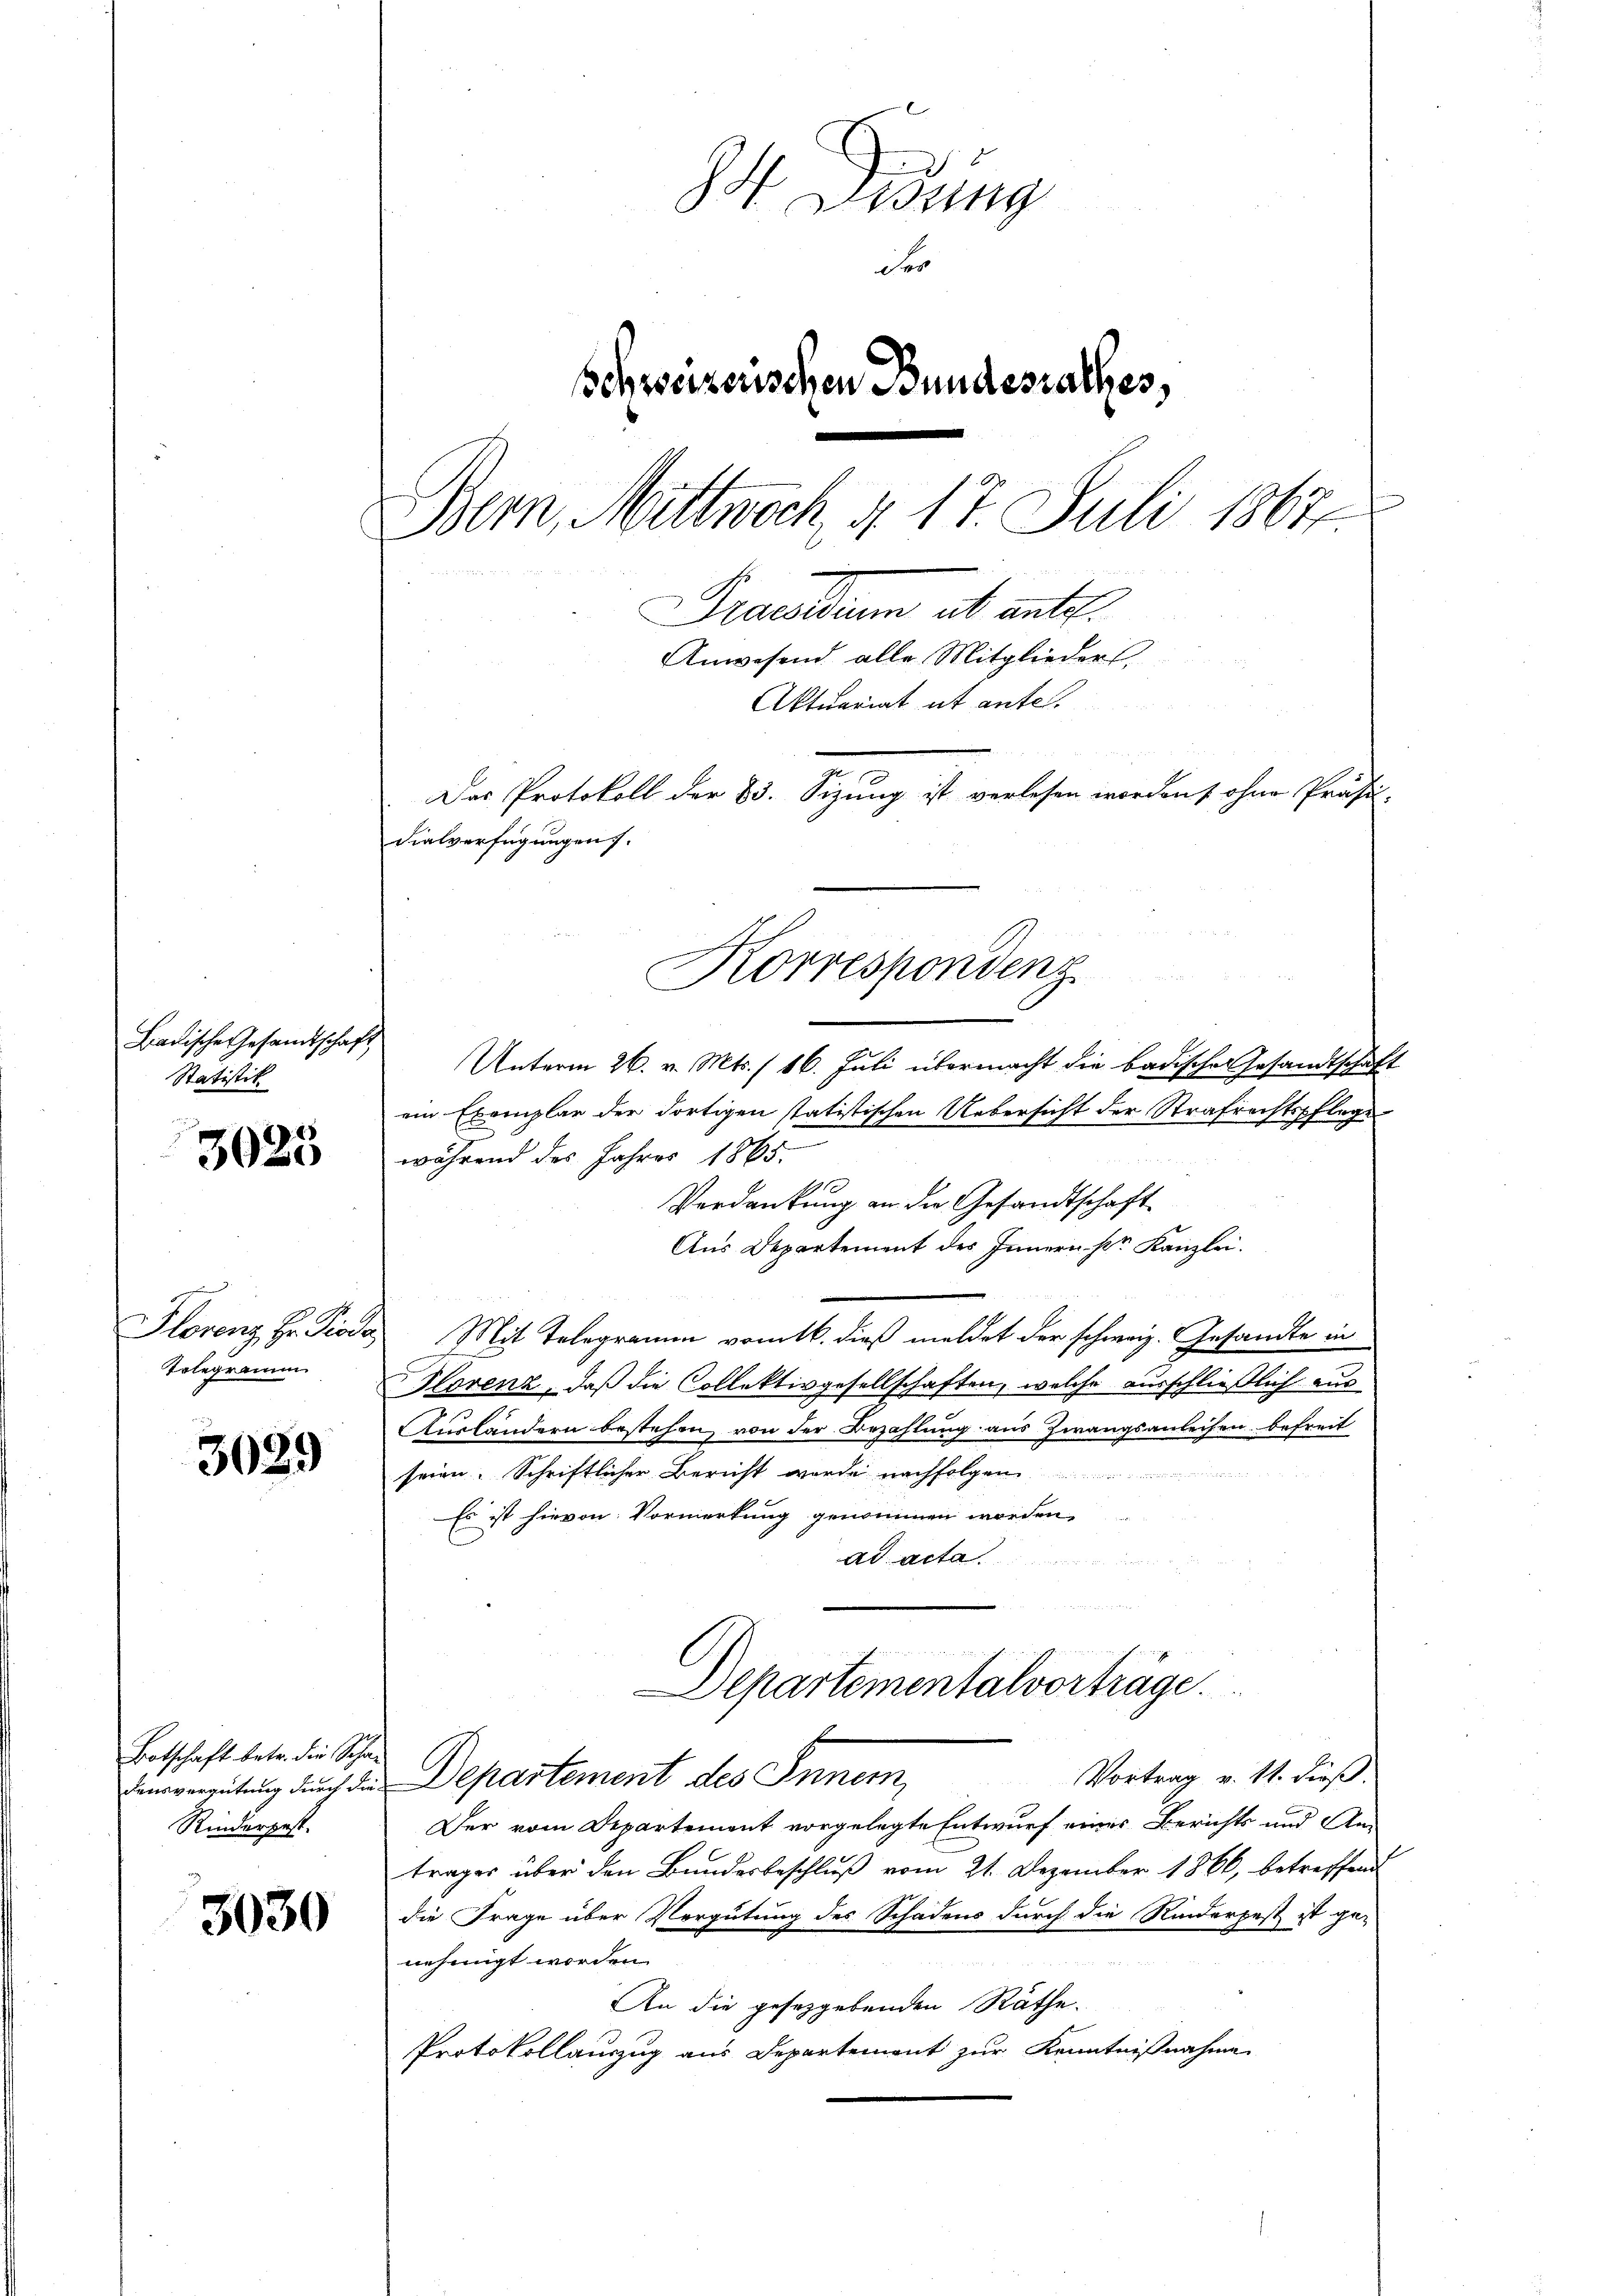
Badische Gesandtschaft
Statistik

3025

Telegramm

3029

Botschaft betr. die Scha¬
Rinderpest.

3030

St. Gesung
der
sSchreizerischen Bundesrathes,
Bern, Mittwoch, d. 17. Juli 1867.
Praesiduum ab antel.
Anwesend alle Mitglieders
Aktuariat et antel
Das Protokoll der 23. Sizung ist verlesen worden, ohne Präsi-
dialverfügungen.

Unterm 26. v. Mts. (16. Juli übermacht die badischer Gesandtschaft
ein Exemplar der dortigen statistischen Uebersicht der Strafrechtspflege
während des Jahres 1865.
Verdankung an die Gesandtschaft
Aus Departement des Innern Dr. Kanzlei.
Florenz Hr. Pioda Mit Telegramm vom 16. dieß meldet der schweiz. Gesandte in
Florenz, daß die Collektivgesellschaften, welche ausschließlich aus
Auslandern bestehen von der Bezahlung aus Zwangsanleihen befreit
seien. Schriftlicher Bericht werde nachfolgen
Es ist hievon Vormerkung genommen worden,
ad acta
 , hat des Hrn. Sie
Departementalvorträge.
Vortrag v. 11. dieß.
Denvergütung durch die Departement des Innem,
Der vom Departement vorgelegte Entwurf eines Berichts und An-
trages über den Bundesbeschlŭβ vom 21. Dezember 1866, betreffend
die Frage über Vergütung des Schadens durch die Rinderpest ist ge-
nehmigt worden.
An die gesetzgebenden Räthe.
Protokollauszug aus Departement zur Kenntnißnahme

Korrespondenz